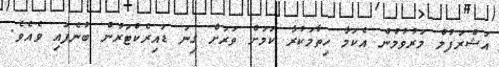
އަޝްރަފުލް މަރުވުމުން އެކަމާ ހިތާމަކުރާ ކަމަށް ވަރަށް ގިނަ ޑައިރެކްޓަރުން ބުނެފައި ވެއެވެ.